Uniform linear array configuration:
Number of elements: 32
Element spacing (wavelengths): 0.75
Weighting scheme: kaiser
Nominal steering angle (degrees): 15
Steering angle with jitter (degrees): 14.311
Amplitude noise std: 0.05
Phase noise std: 0.05

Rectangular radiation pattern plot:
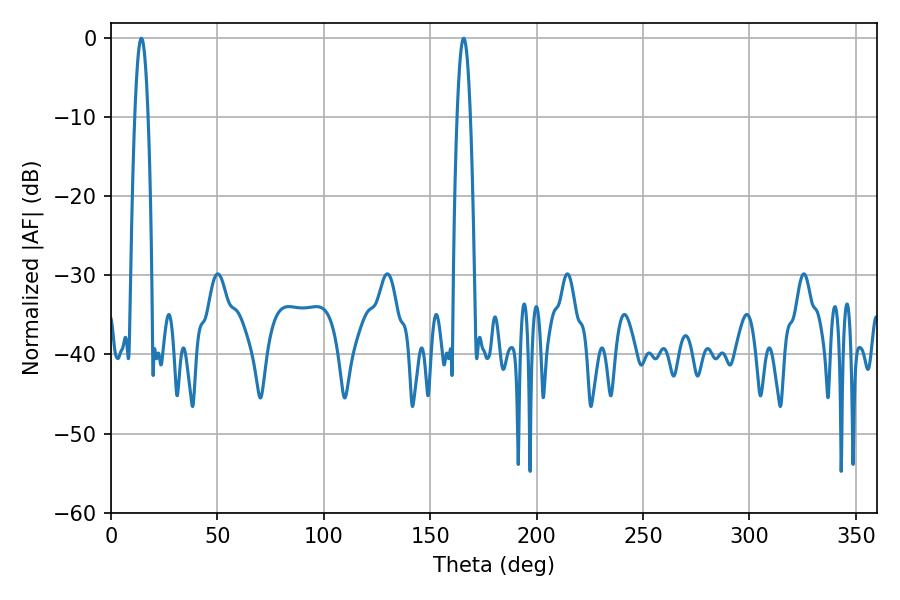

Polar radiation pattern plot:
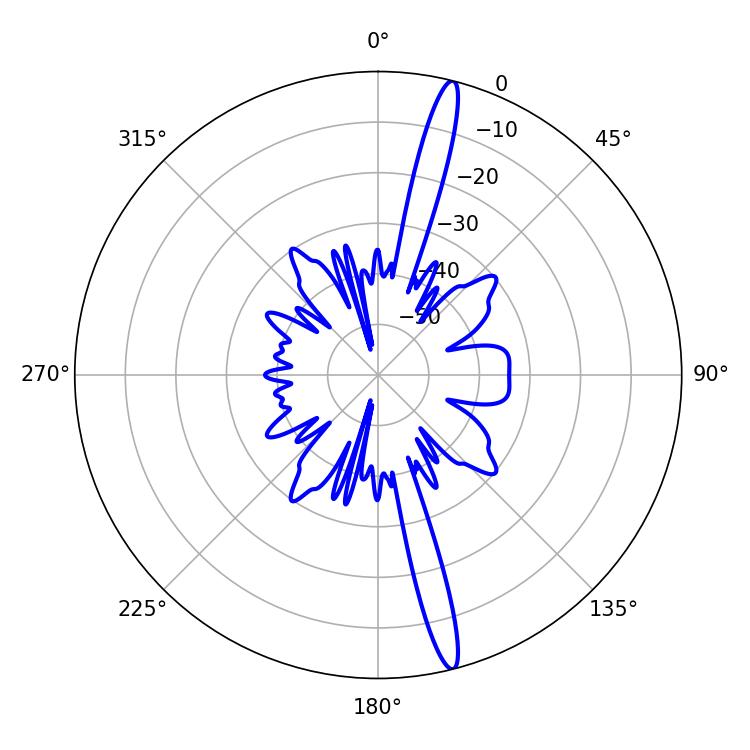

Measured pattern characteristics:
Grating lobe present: TRUE
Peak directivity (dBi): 17.904
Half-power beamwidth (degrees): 3.42
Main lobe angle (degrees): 14.22